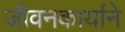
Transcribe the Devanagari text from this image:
जीवनकार्याने